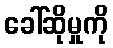
ခေါ်ဆိုမှုကို